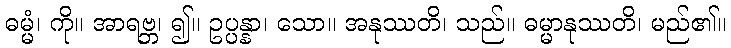
ဓမ္မံ၊ ကို။ အာရဗ္ဘ၊ ၍။ ဥပ္ပန္နာ၊ သော။ အနုဿတိ၊ သည်။ ဓမ္မာနုဿတိ၊ မည်၏။